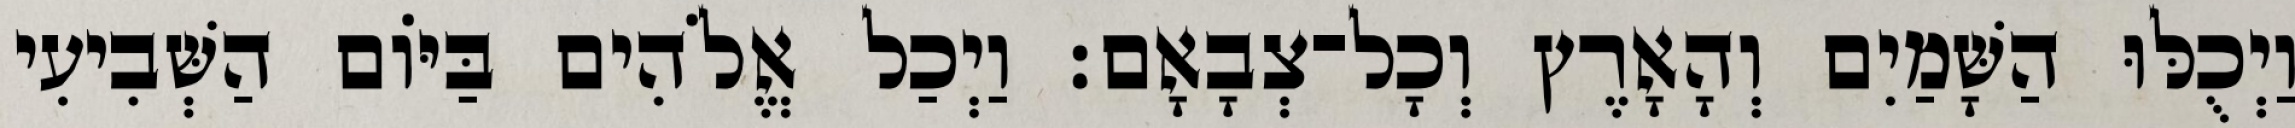
וַיְכֻלּוּ הַשָּׁמַיִם וְהָאָרֶץ וְכָל־צְבָאָם׃ וַיְכַל אֱלֹהִים בַּיֹּום הַשְּׁבִיעִי